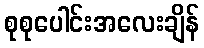
စုစုပေါင်းအလေးချိန်